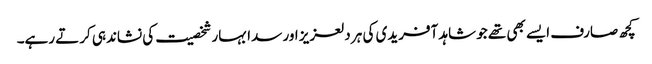
کچھ صارف ایسے بھی تھے جو شاہد آفریدی کی ہر دلعزیز اور سدا بہار شخصیت کی نشاندہی کرتے رہے۔